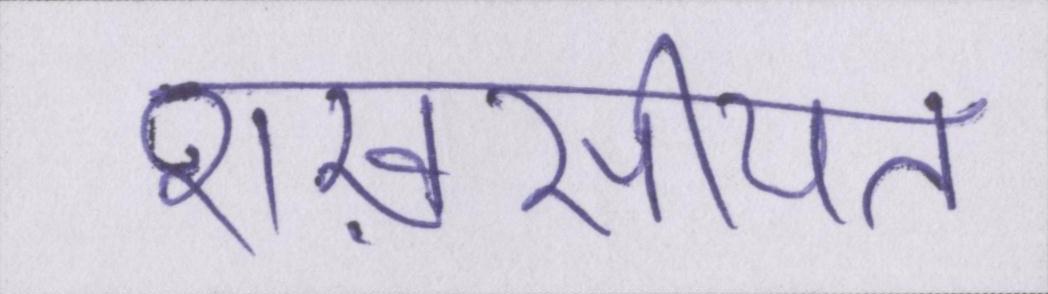
शख़सीयत